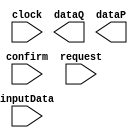
`timescale 1ns / 1ps
/*--  *******************************************************
--  Computer Architecture Course, Laboratory Sources 
--  Amirkabir University of Technology (Tehran Polytechnic)
--  Department of Computer Engineering (CE-AUT)
--  https://ce[dot]aut[dot]ac[dot]ir
--  *******************************************************
--  All Rights reserved (C) 2021-2022
--  *******************************************************
--  Student ID  : 
--  Student Name: 
--  Student Mail: 
--  *******************************************************
--  Additional Comments:
--
--*/

/*-----------------------------------------------------------
---  Module Name: controller_and_register
-----------------------------------------------------------*/

module controller_and_register(confirm, request, clock, inputData, dataQ, dataP);
input confirm, request, clock;
input [7:0] inputData;
output [6:0] dataQ, dataP;
 // write your code here, please.
endmodule